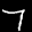
Label: 7